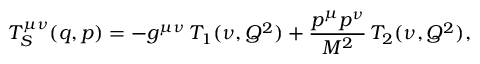
T _ { S } ^ { \mu \nu } ( q , p ) = - g ^ { \mu \nu } \, T _ { 1 } ( \nu , Q ^ { 2 } ) + \frac { p ^ { \mu } p ^ { \nu } } { M ^ { 2 } } \, T _ { 2 } ( \nu , Q ^ { 2 } ) ,